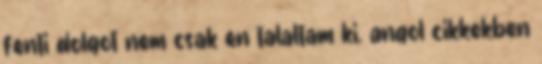
fenti dolgot nem csak en talaltam ki. angol cikkekben